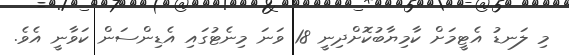
މި ލަނޑު އެޓީމަށް ކާމިޔާބުކޮށްދިނީ 18 ވަނަ މިނެޓުގައި އެޑިންސަން ކަވާނީ އެވެ.